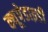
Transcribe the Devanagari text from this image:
क्यूपेडाइडी